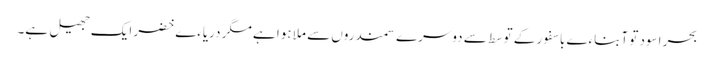
بحر اسود تو آبناءے باسفور کے توسط سے دوسرے سمندروں سے ملا ہوا ہے مگر دریاءے خضر ایک جھیل ہے۔